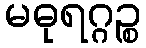
မဓုရဂ္ဂဉ္စ